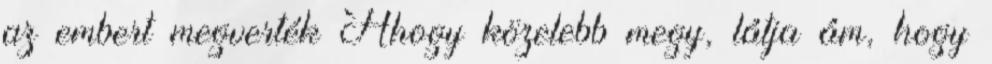
az embert megverték Ahogy közelebb megy, látja ám, hogy